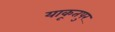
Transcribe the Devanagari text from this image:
याकूतपुर